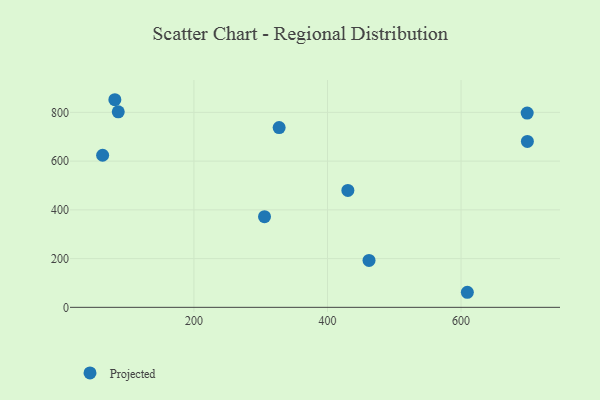
{"axis": {"x": "Speed", "y": "Exam Score"}, "legend": ["Projected"], "data": [{"x": "699.0", "y": 797.2, "type": "Projected"}, {"x": "305.7", "y": 372.2, "type": "Projected"}, {"x": "699.3", "y": 680.9, "type": "Projected"}, {"x": "63.3", "y": 624.1, "type": "Projected"}, {"x": "462.2", "y": 192.7, "type": "Projected"}, {"x": "430.5", "y": 479.9, "type": "Projected"}, {"x": "327.6", "y": 737.8, "type": "Projected"}, {"x": "81.6", "y": 852.0, "type": "Projected"}, {"x": "86.7", "y": 802.2, "type": "Projected"}, {"x": "609.4", "y": 61.8, "type": "Projected"}]}